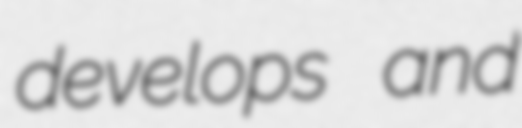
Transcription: develops and